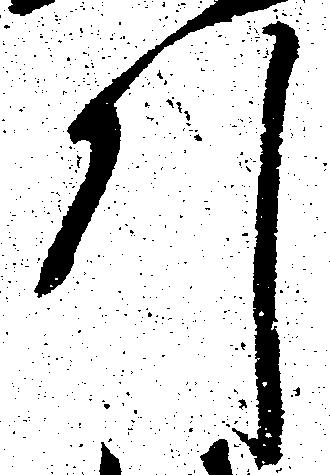
引